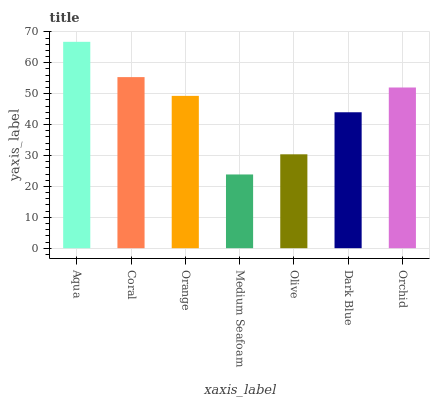
| xaxis_label | bars |
 | --- | --- |
 | Aqua | 66.8 |
 | Coral | 55.4 |
 | Orange | 49.3 |
 | Medium Seafoam | 23.9 |
 | Olive | 30.4 |
 | Dark Blue | 44 |
 | Orchid | 52 |